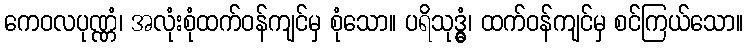
ကေဝလပုဏ္ဏံ၊ အလုံးစုံထက်ဝန်ကျင်မှ စုံသော။ ပရိသုဒ္ဓွံ၊ ထက်ဝန်ကျင်မှ စင်ကြယ်သော။